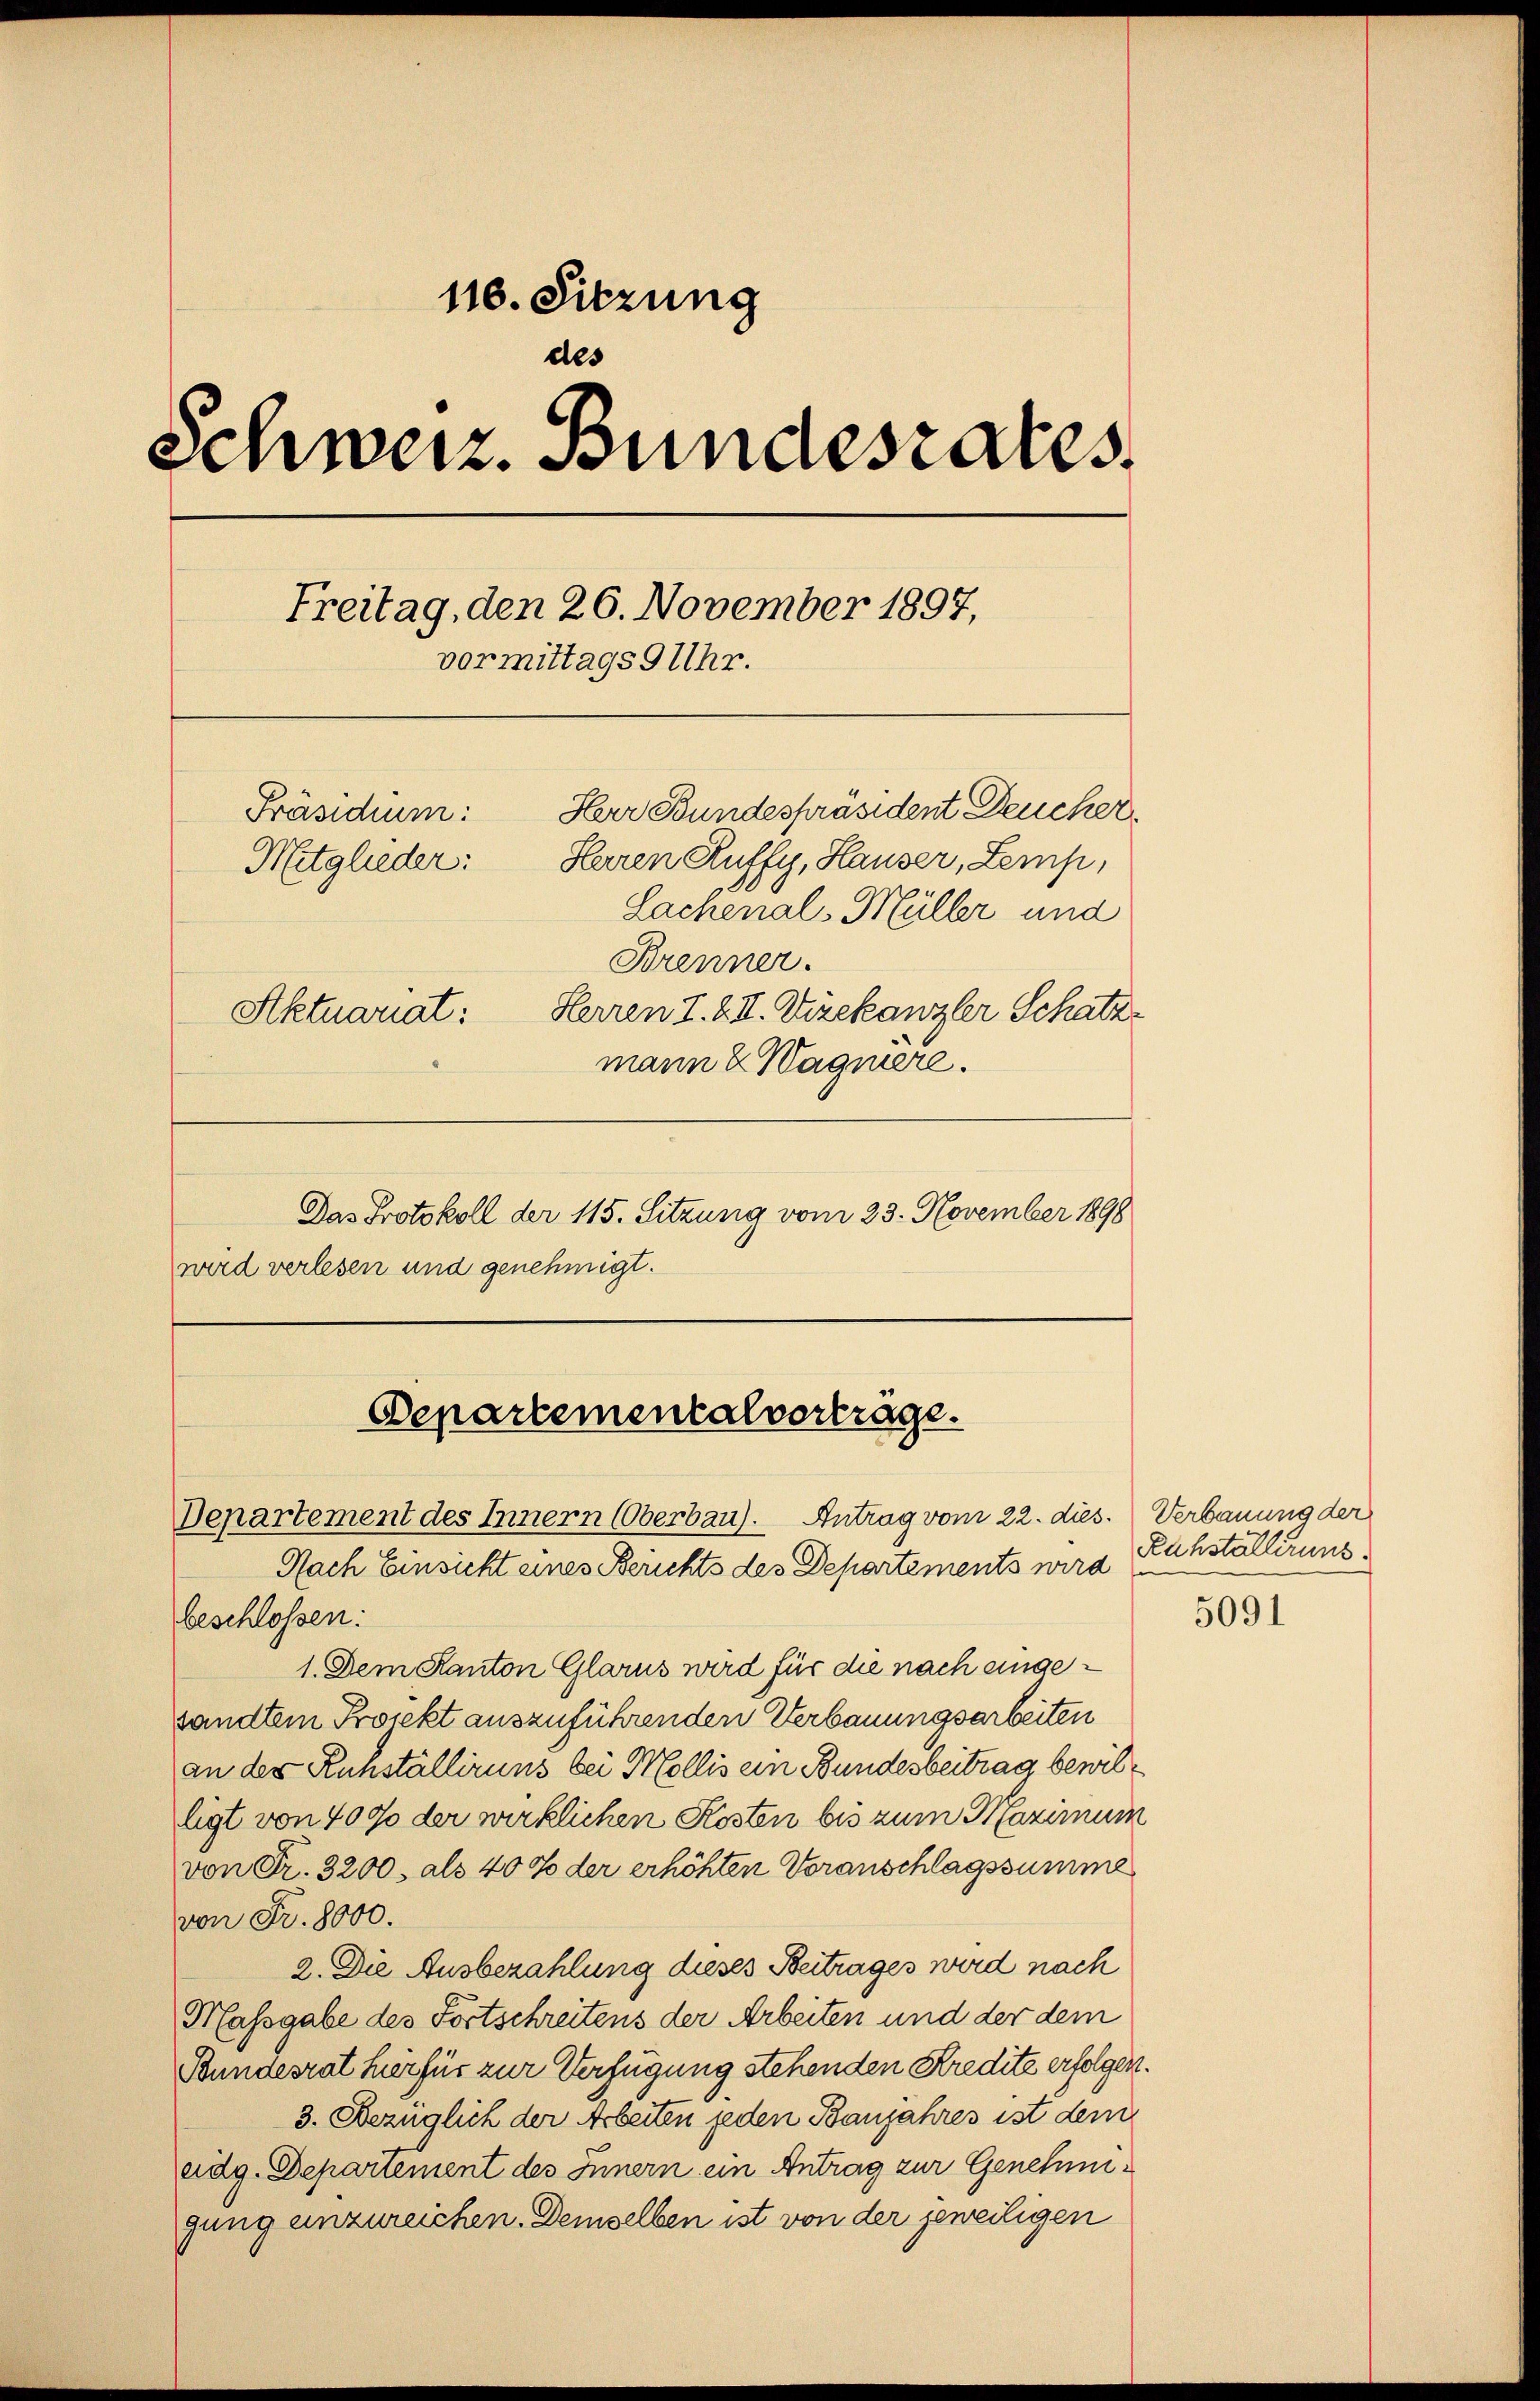
110. Sitzung
des
Schweiz. Bundesrates
Freitag, den 26. November 1897,
vormittags 9 Uhr.
Herr Bundespräsident Deucher
Präsidium:
Heren Ruffy, Hauser, Zemp,
Mitglieder:
Lachenal-Müller und
Brenner.
Aktuariat: Herren I. & II. Vizekanzler Schatz-
mann & Wagnere.
Das Protokoll der 115. Sitzung vom 23. November 1898
wird verlesen und genehmigt.

Departementalverträge.
Departement des Innern (Oberbau). Antrag vom 22. dies. Verbauung der

Nach Einsicht eines Berichts des Departements wird Ruhstallirung
beschlossen:
1. Dem Kanton Glarus wird für die nach eingesandten Projekt auszuführenden Verbauungsarbeiten
an der Ruhställiruns bei Mollis ein Bundesbeitrag bewilligt von 4000 der wirklichen Kosten bis zum Maximum
von Fr. 3200. als 40% der erhöhten Voranschlagssumme
von Fr. 8000.
2. Die Ausbezahlung dieses Beitrages wird nach
Massgabe des Fortschreitens der Arbeiten und der dem
Bundesrat hierfür zur Verfügung stehenden Kredite erfolgen.
3. Bezüglich der Arbeiten jeden Banjahres ist dem
eidg. Departement des Innern ein Antrag zur Genehmigung unzureichen. Demselben ist von der jeweiligen

5091